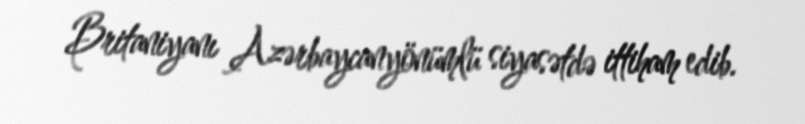
Britaniyanı Azərbaycanyönümlü siyasətdə ittiham edib.